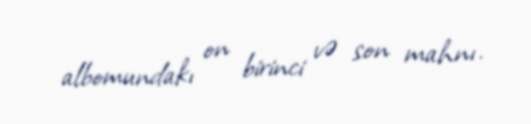
albomundakı on birinci və son mahnı.